Bréfritari: Sigríður Pálsdóttir
Viðtakandi: Páll Pálsson
Dagsetning: A-1855-04-19
Skrifað á: Hraungerði  Árn.
Páll var bróðir Sigríðar

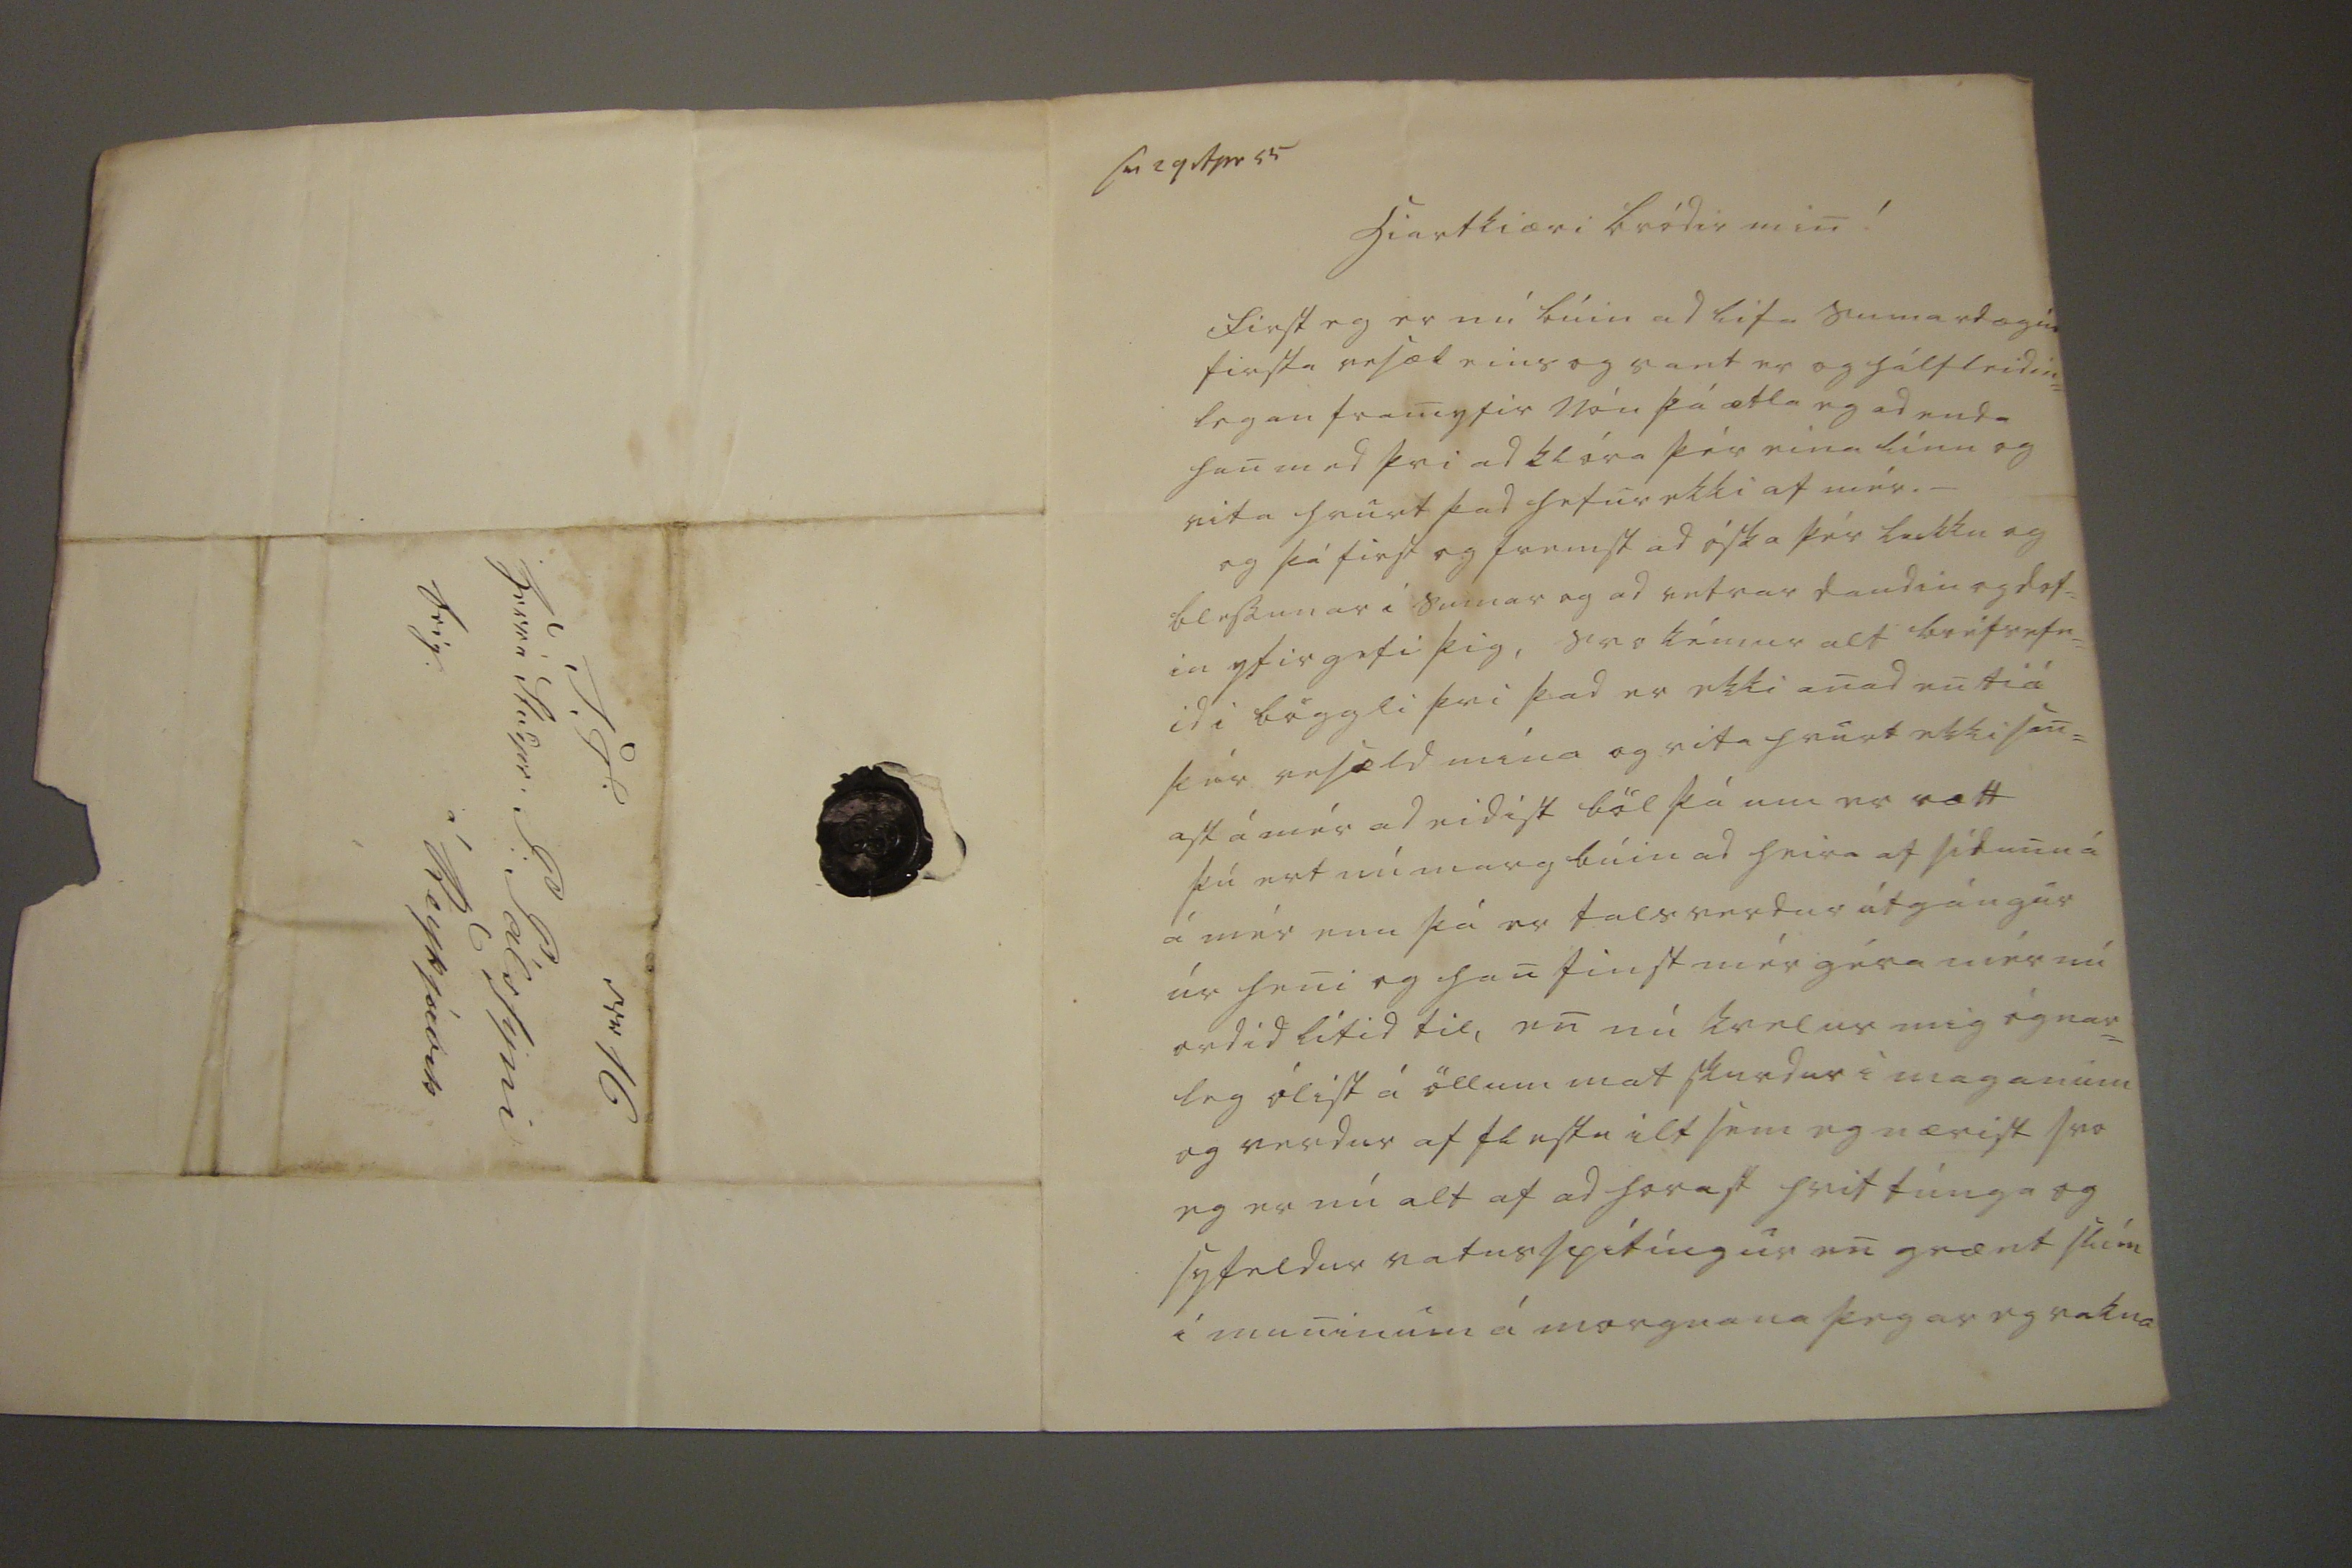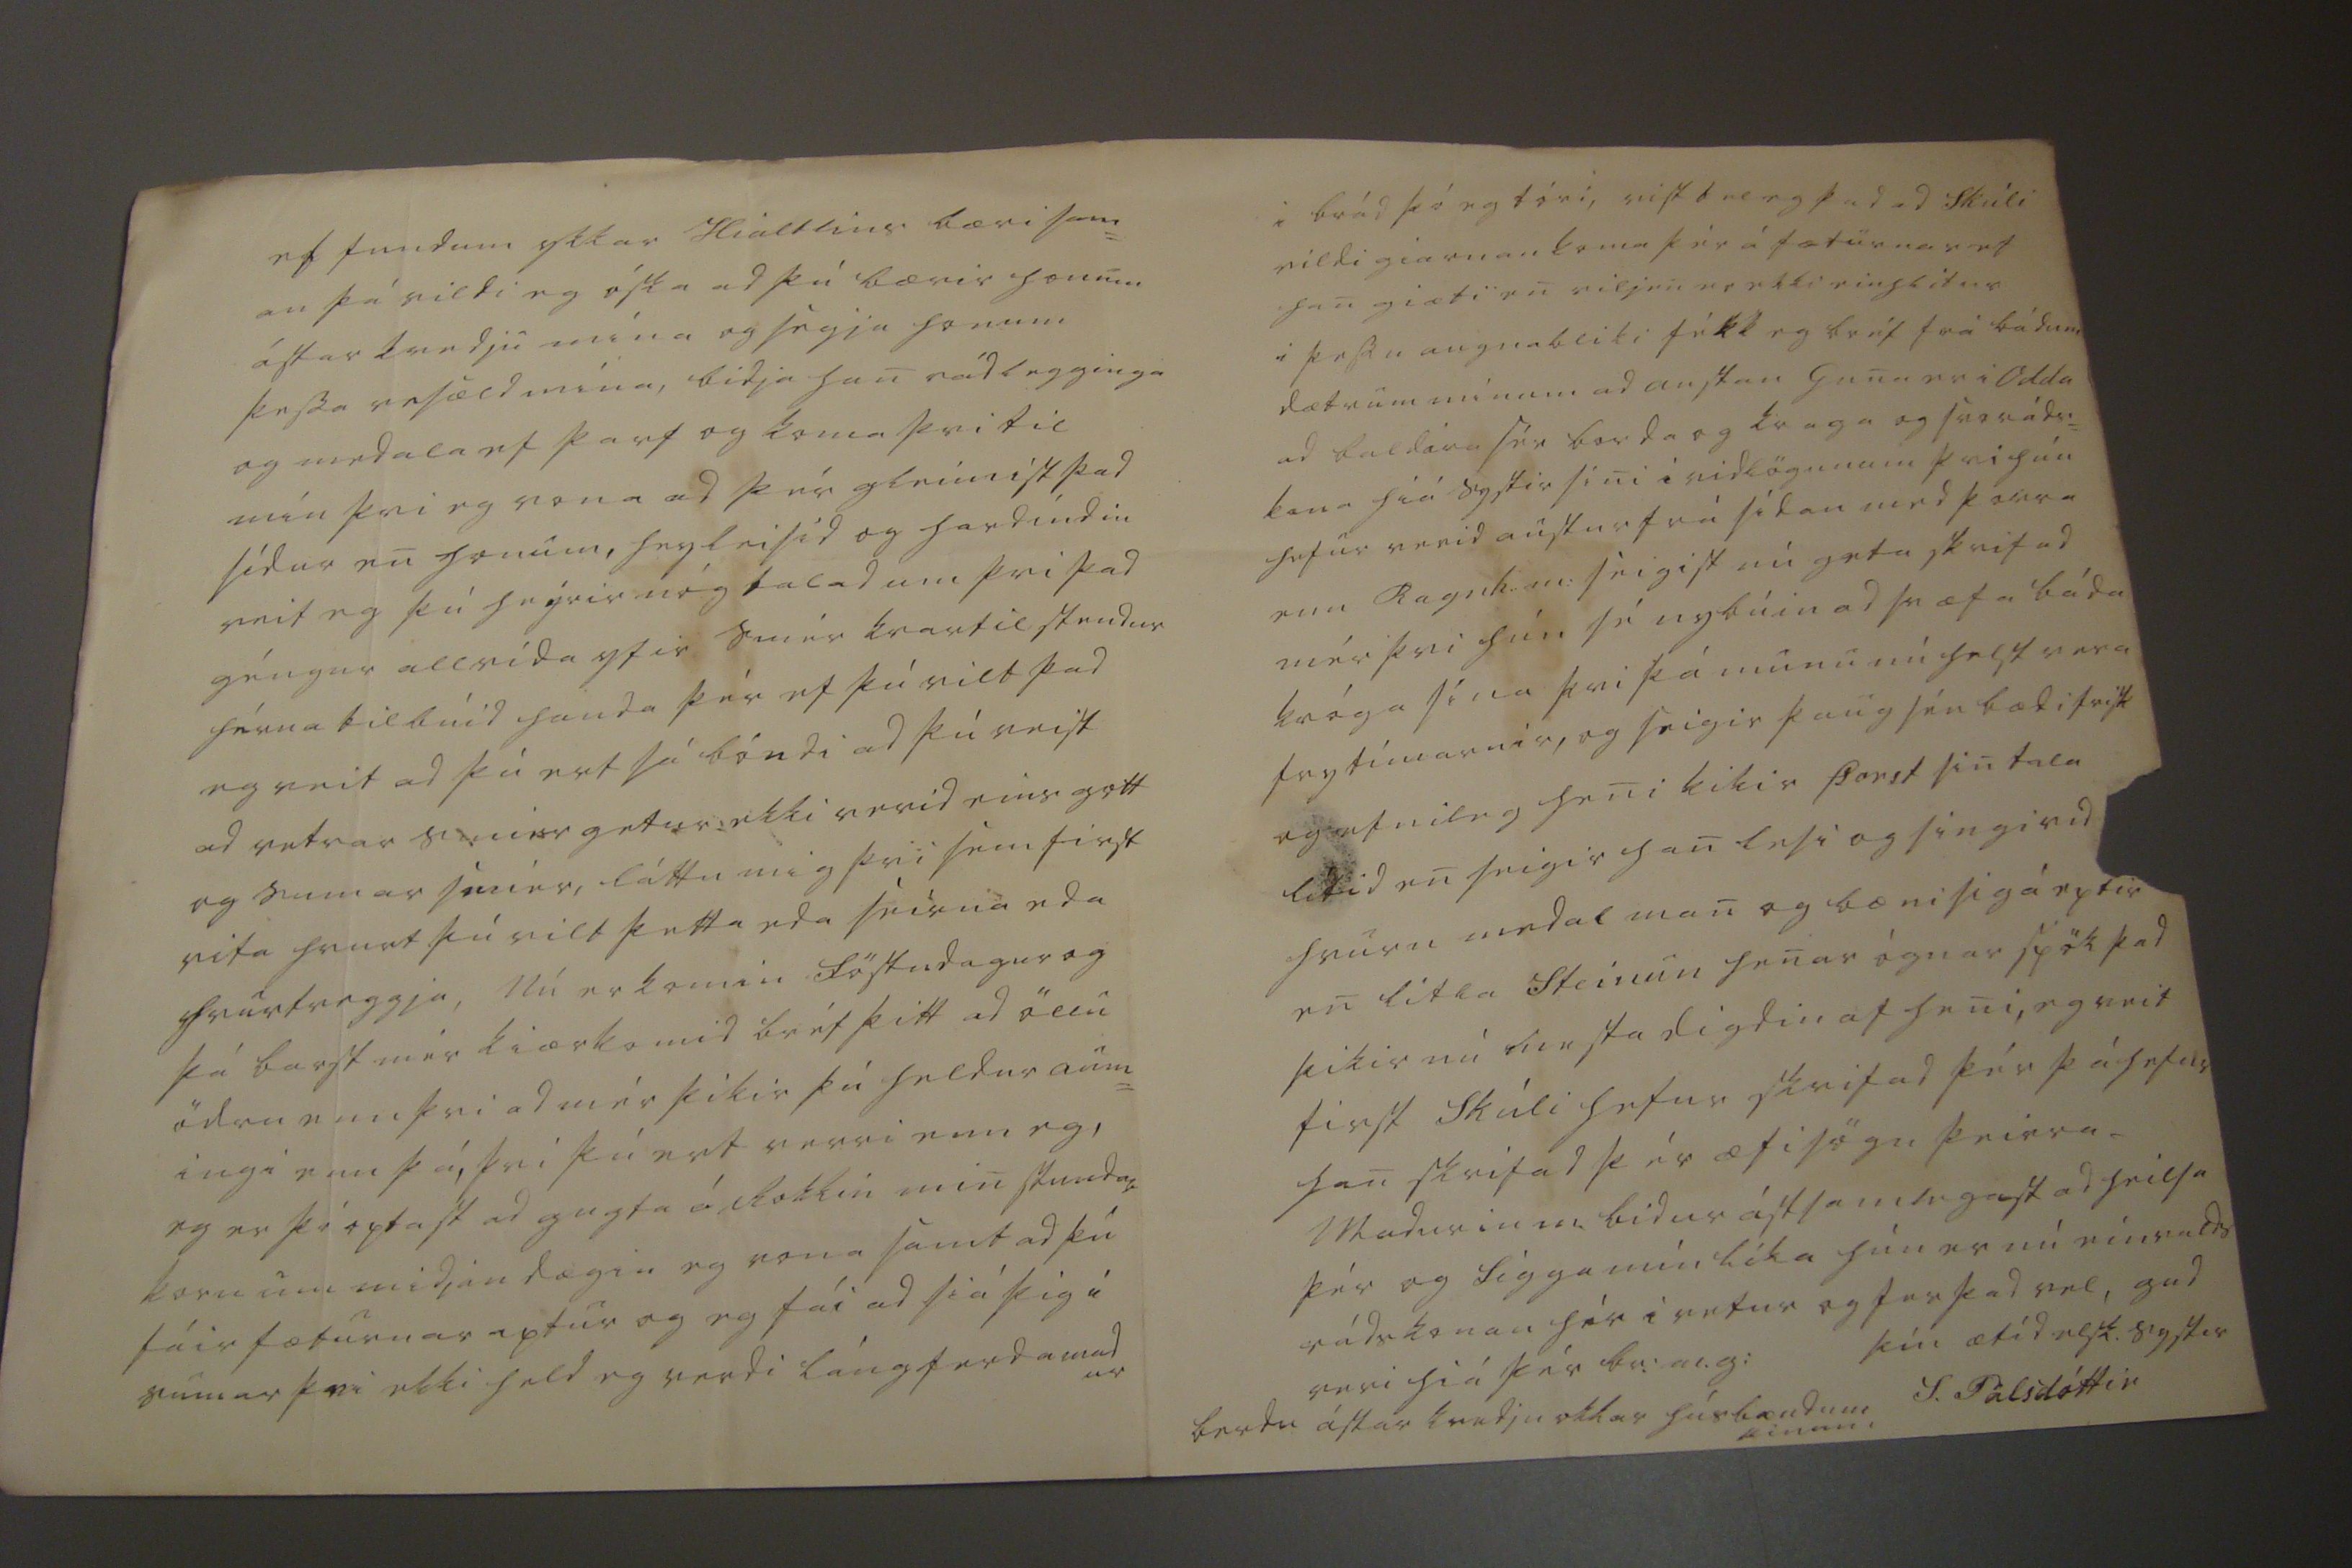

sv 29 Apr 55
hiartkiæri bródir min!
First eg er nú búin ad lifa sumardægin firsta vesæl eins og vant er og hálfleidin= legan framyfir nón þá ætla eg ad enda han med þvi ad klóra þér eina línu og rita hvurt þad hefur ekki af mér._ og þá first og fremst ad óska þér lukku og blessunar í sumar og ad vetrar daudin og dof= in yfirgefi þig, svo kémur alt bréfsefn= id i böggli þvi þad er ekki anad en tiá þér vesæld mína og hvurt ekki san= ast á mér ad eidist böl þá um er rætt þú ert nú marg búin ad heira af sídunu á á mér enn þá er tals verdur útgángur úr heni og han finst mér géra mér nú ordid lítid til, en nú kvelur mig ógnar= leg ólist á öllum mat skurdur i maganum og verdur af flestu ilt sem eg nærist svo eg er nú alt af ad horast hvit túnga og syfeldur vatnsspítíngur en grænt slím í muninum á morgnana þegar eg vakna
ef fundum ykkar Hialtlins bæri sam= an þá vildi eg óska ad þú bærir honum ástar kvedju mína og segja honum þessa vesæld mína, bidja han rádlegginga og medala ef þarf og koma þvi til mín þvi eg vona ad þér gleimist þad sídur en honum, heyleisid og hardíndin veit eg þú heýrir nóg talad um þvi þad géngur allvída yfir smér kvartil stendur hérna tilbúid handa þér ef þú vilt þad eg veit ad þú ert sá bóndi ad þú veist ad vetrar smier getur ekki verid eins gott og sumar smier, láttu mig þvi sem frist vita hvurt þú vilt þetta eda seirna eda hvurtveggja, Nú er komin föstudagur og þá barst mér kiærkomid bréf þitt ad öllu ödru enn þvi ad mér þikir þú heldur aum= ingi enn þá, þvi þú ert verri enn eg, eg er þó optast ad g
ugta
á Rokkin min stundar korn um midjan dægin eg vona samt ad þú fáir fæturnar aptur og eg fái ad siá þig í sumar þvi ekki held eg verdi lángferdamadur
i brád þó eg tóri, vist tel eg þad ad Skúli vildi giarnan koma þér á fæturnar ef han giæti en viljen er ekki einhlitur i þessu augnabliki fékk eg bréf frá bádum dætrum mínum ad austan Guna er i Odda ad baldira sér borda og kraga og svo ráds= kona hiá systir sini i vidlögunum þvi hún hefur verid austur frá sídan med þorra enn Ragnh. m: seigist nú geta skrifad mér þvi hún sé nybúin ad svæfa báda króga sína þvi þá munu nú helst vera frytímarnir, og seigir þaug séu bædi frisk og efnileg heni
þ
ikir Þorst sin tala lítid en seigir han lesi og singi vid hvurn medal man og bæni sig á eptir en litla Steinun henar ógnar spök þad þikir nú hinsta digdin af heni, eg veit first Skúli hefur skrifad þér þá hefur han skrifad þér æfisögu þeirra. Madurin m. bidur ástamlegast ad heilsa þér og Sigga mín líka hún er nú einvalds rádskonan hér i vetur og fer þad vel, gud veri hiá þér br: m.g: þín ætíd elsk. systir
S. Pálsdóttir
berdu ástar kvedju okkar húsbændum þinum
Nr 16 S T herra Studjos P: Pálssyni á Reykjavik
feig